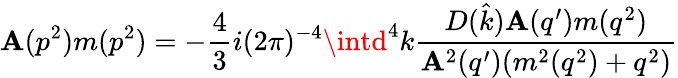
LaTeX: \mathbf{A}(p^{2})m(p^{2})=-{\frac{{4}}{{3}}}i(2\pi)^{-4}\intd^{4}k{\frac{{D({\hat{{k}}})\mathbf{A}(q^{\prime})m(q^{2})}}{{\mathbf{A}^{2}(q^{\prime})(m^{2}(q^{2})+q^{2})}}}